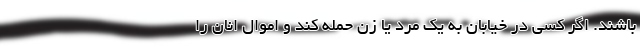
باشند. اگر كسي در خيابان به يك مرد يا زن حمله كند و اموال انان را